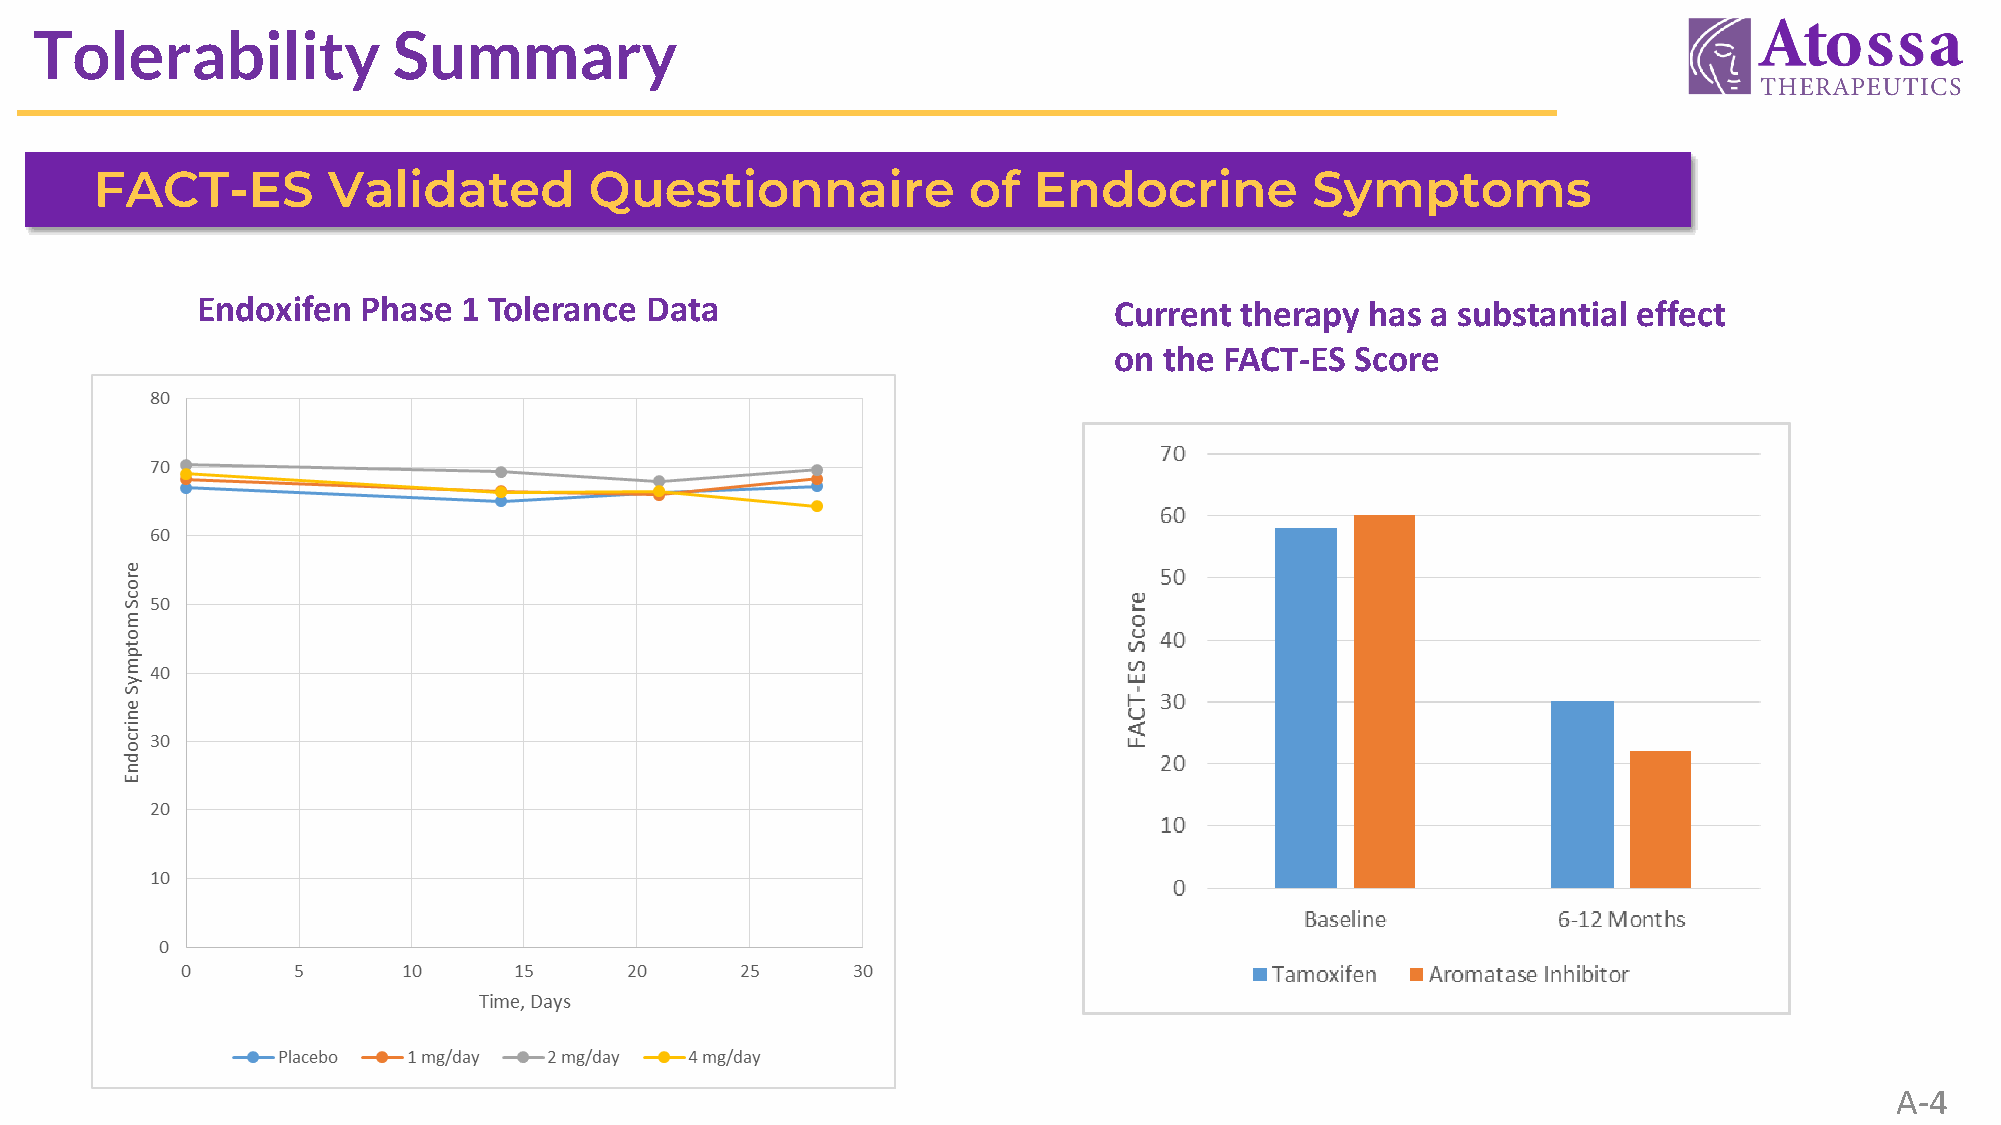
Tolerability            Summary
 FACT-ES         Validated        Questionnaire            of  Endocrine          Symptoms
 Endoxifen  Phase  1 Tolerance Data                           Current therapy  has a substantial effect
 on the FACT-ES  Score
 A-4